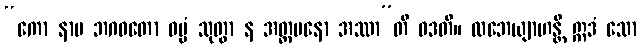
“ကော နာမ ဘဂဝတော ဓမ္မံ သုတွာ န အတ္တမနော အဿာ”တိ ဝဒတိ။ လဘေယျာဟန္တိ ဣဒံ သော